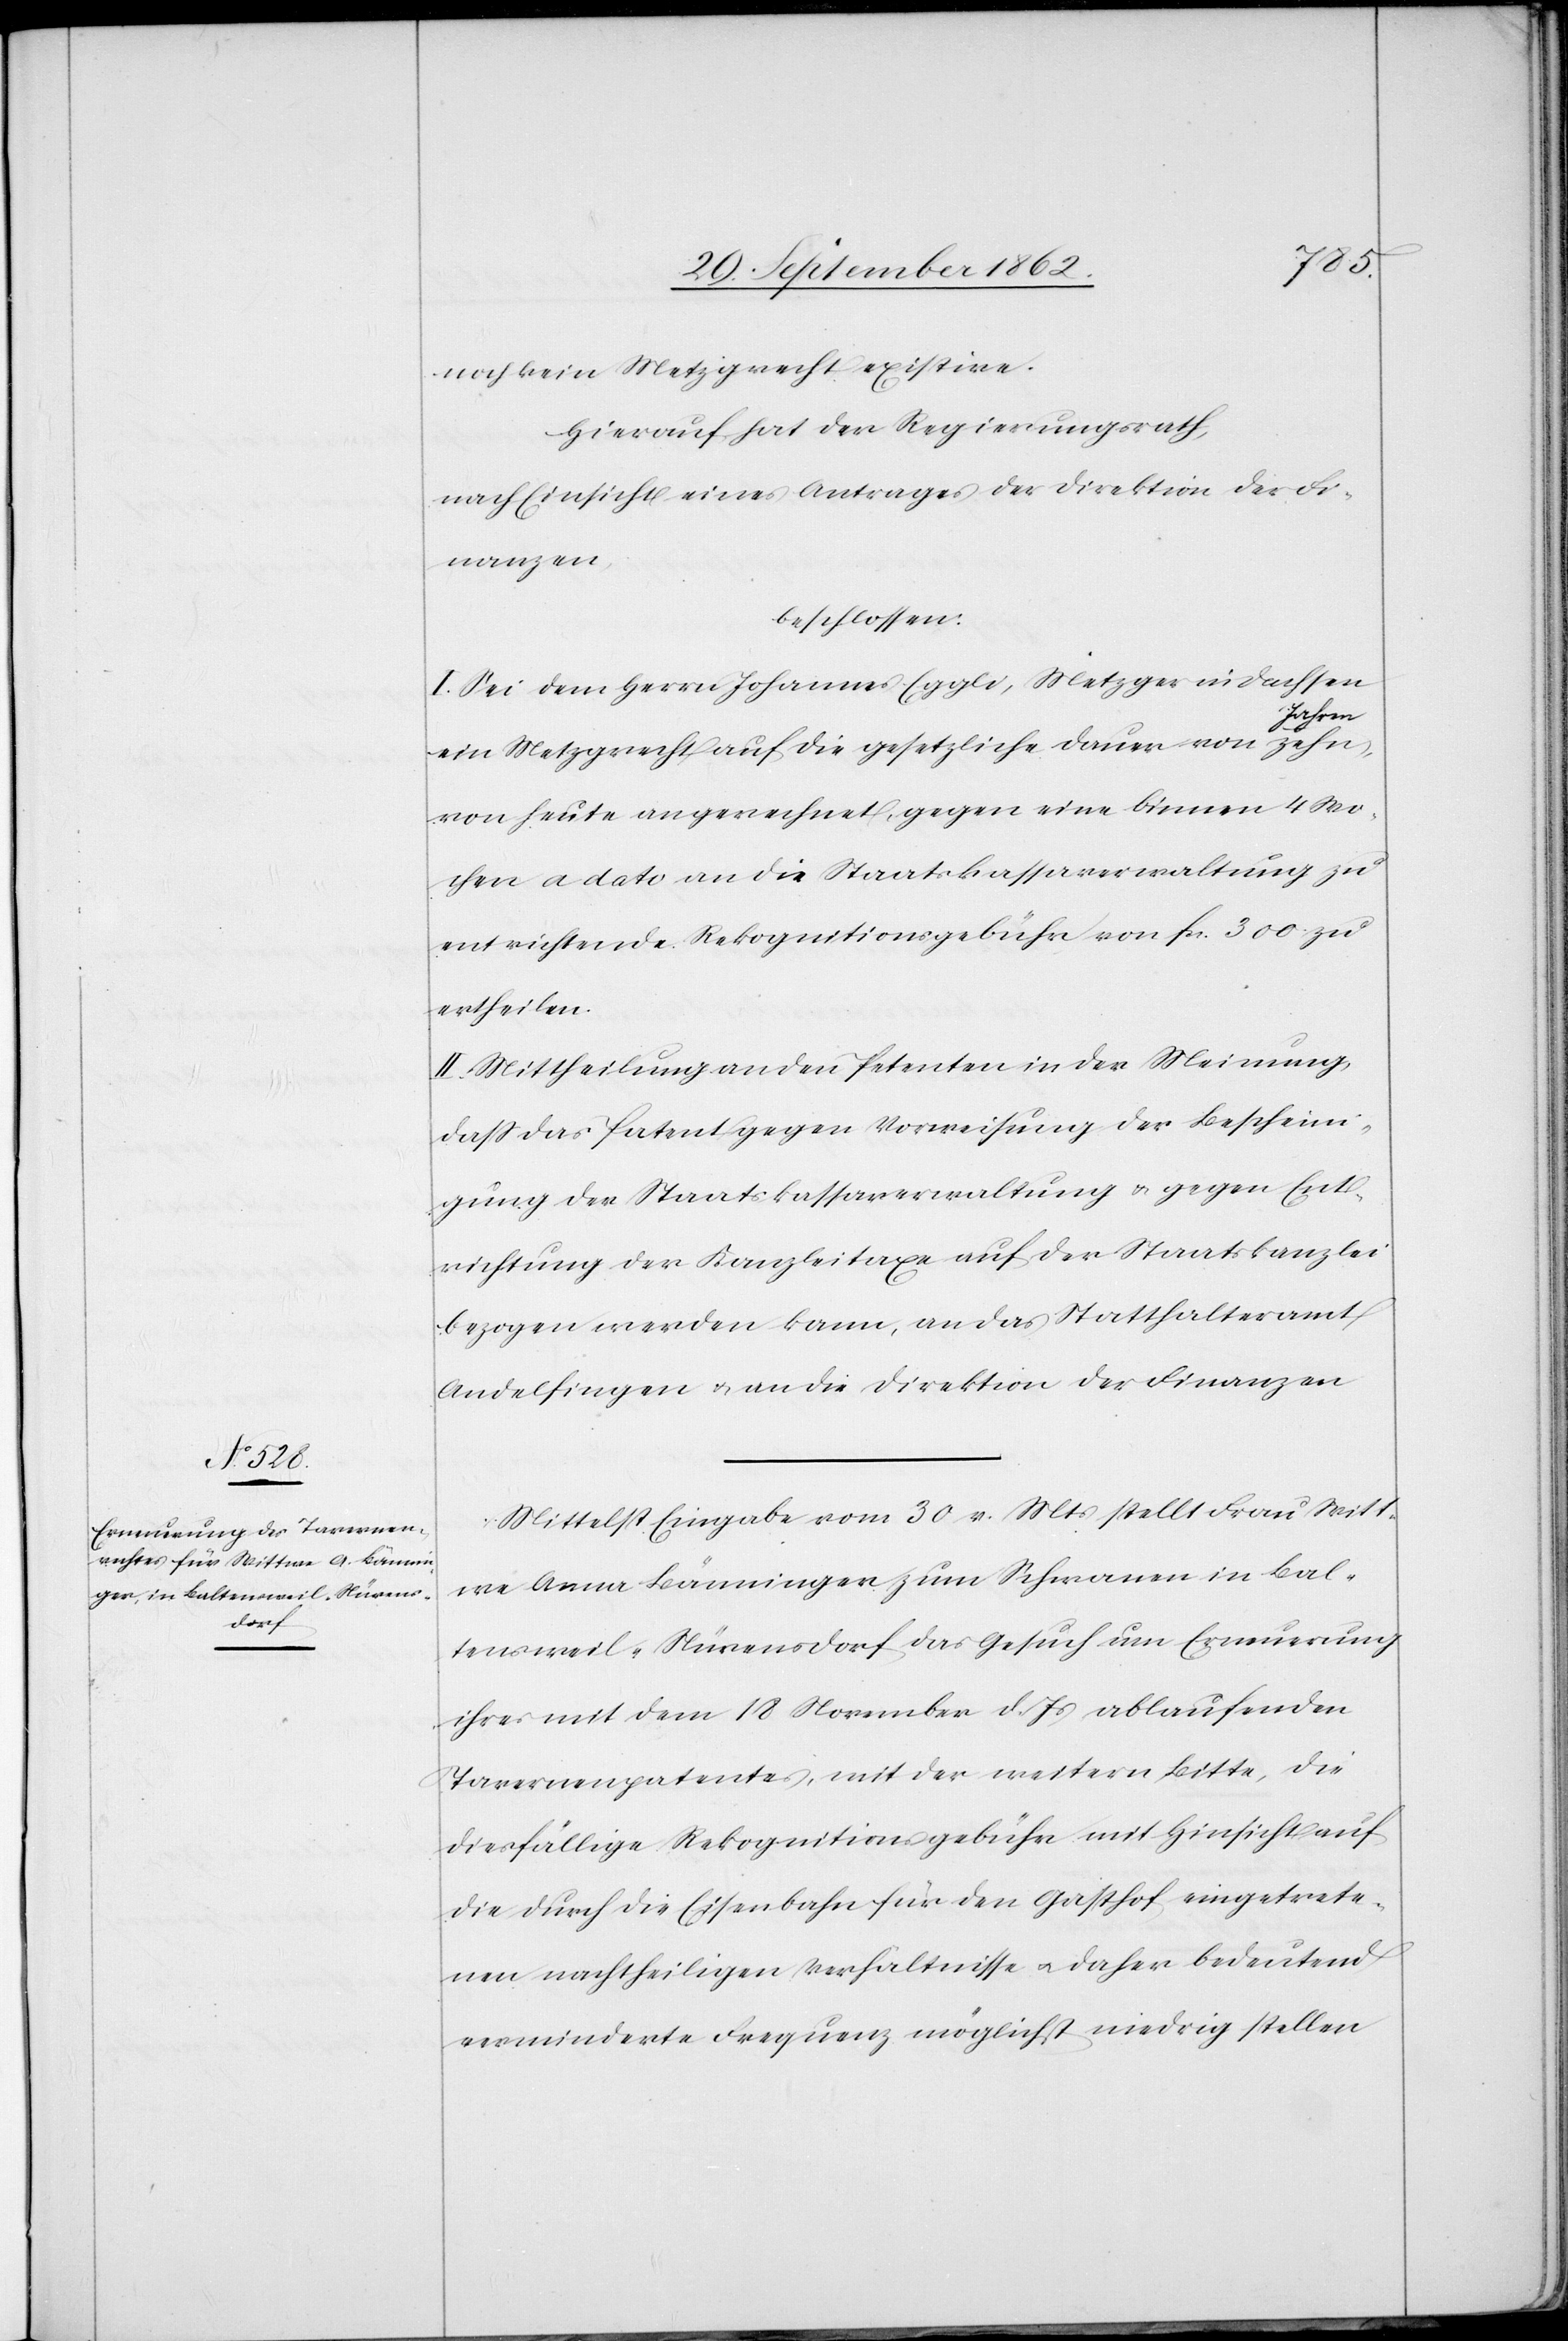
noch kein Metzgrecht existire.
Hierauf hat der Regierungsrath,
nach Einsicht eines Antrages der Direktion der Fi¬
nanzen
beschlossen:
I. Sei dem Herrn Johannes Eggli, Metzger in Dachsen
Jahren
ein Metzgrecht auf die gesetzliche Dauer von zehn
von heute an gerechnet, gegen eine binnen 4 Wo¬
chen a dato an die Staatskassaverwaltung zu
entrichtende Rekognitionsgebühr von fr. 300 zu
ertheilen.
II. Mittheilung an den Petenten in der Meinung,
daß das Patent gegen Vorweisung der Bescheini¬
gung der Staatskassaverwaltung u. gegen Ent¬
richtung der Kanzleitaxe auf der Staatskanzlei
bezogen werden kann, an das Statthalteramt
Andelfingen u. an die Direktion der Finanzen.
Mittelst Eingabe vom 30. v. Mts. stellt Frau Witt¬
we Anna Bänninger zum Schwanen in Bal¬
tensweil-Nürensdorf das Gesuch um Erneuerung
ihres mit dem 18. November d. Js. ablaufenden
Tavernenpatentes, mit der weitern Bitte, die
diesfällige Rekognitionsgebühr mit Hinsicht auf
die durch die Eisenbahn für den Gasthof eingetrete¬
nen nachtheiligen Verhältnisse u. daher bedeutend
verminderte Frequenz möglichst niedrig stellen